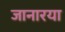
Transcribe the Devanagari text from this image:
जानारया